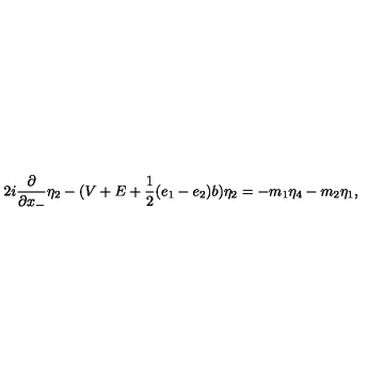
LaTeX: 2 i \frac { \partial } { \partial x _ { - } } { \eta } _ { 2 } - ( V + E + \frac { 1 } { 2 } ( e _ { 1 } - e _ { 2 } ) b ) { \eta } _ { 2 } = - m _ { 1 } { \eta } _ { 4 } - m _ { 2 } { \eta } _ { 1 } ,